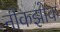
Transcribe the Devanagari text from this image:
नौंकझोक